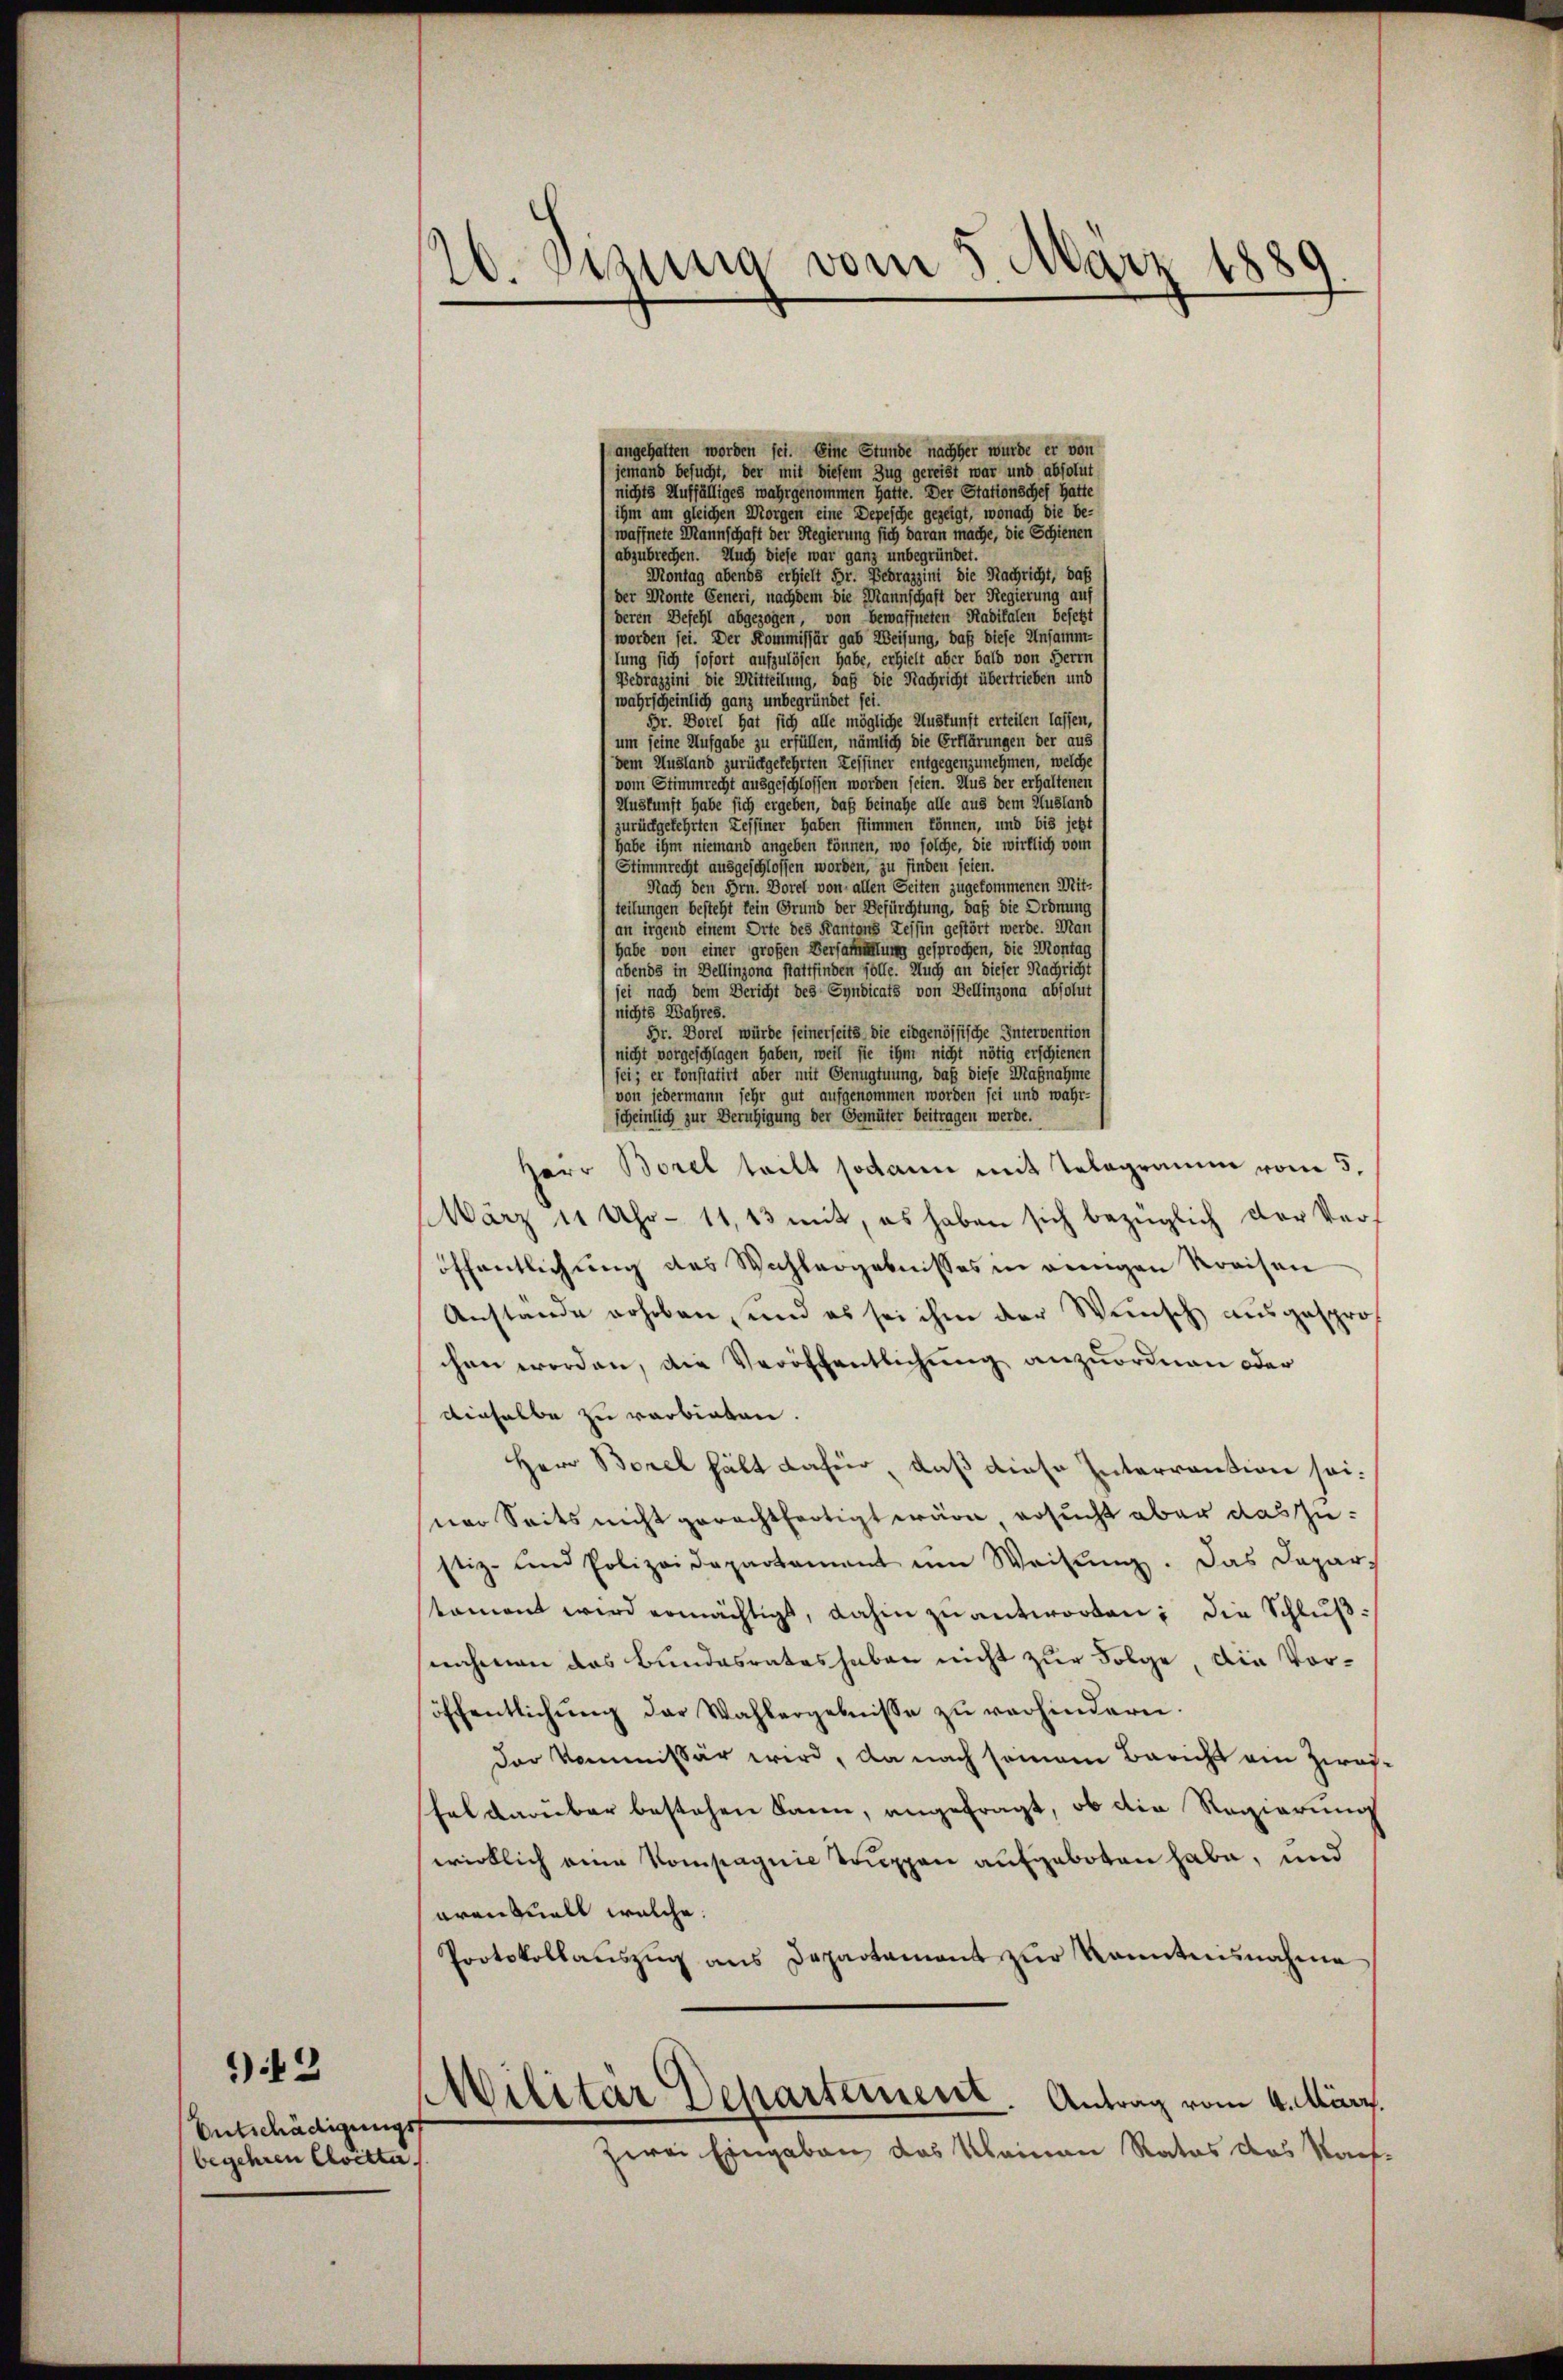
Entschädigungs
begehren Cloetta

)13

10. Jesung vom 3 März 1889

Bedrazzini die Mitteilung, daß die Nachricht übertrieben und
wahrscheinlich ganz unbegründet sei.
Br. Dorel hat sich alle mögliche Auskunft erteilen lassen
um seine Aufgabe zu erfüllen, nämlich die Erklärungen der aus
dem Ausland zurückgekehrten Tessiner entgegenzunehmen, welche
vom Stimmrecht ausgeschlossen worden seien. Aus der erhaltener
Auskunft habe sich ergeben, daß beinahe alle aus dem Ausland
zurückgekehrten Zessiner haben stimmen können, und bis jetzt
habe ihm niemand angeben können, wo solche, die wirklich vom
Stimmrecht ausgeschlossen worden, zu finden seien.
Nach den Hrn. Dorel von allen Seiten zugekommenen Mit-
teilungen besteht kein Grund der Befürchtung, daß die Ordnung
an irgend einem Orte des Kantons Tessin gestört werde. Man
habe von einer großen Versammlung gesprochen, die Montag
abends in Dellinzona stattfinden solle. Auch an dieser Nachricht
sei nach dem Bericht des Syndicats von Bellinzona absolut
nichts Wahres.
Br. Dorel würde seinerseits, die eidgenössische Intervention
nicht vorgeschlagen haben, weil sie ihm nicht nötig erschienen
sei; er konstatirt aber mit Genugtuung, daß diese Maßnahme
von jedermann sehr gut aufgenommen worden sei und wahr-
scheinlich zur Beruhigung der Gemüter beitragen werde.
Herr Borel teilt sodann mit Telegramm vom 5.
März 11 Uhr - 11,13 mit, es haben sich bezüglich der Ver-
öffentlichung des Wahlergebnisses in einnigen Kreisen
Anstände erhoben, und es sei ihm der Wunsch ausgesprochen worden, die Veröffentlichung anzuordnen oder
dieselbe zu verbieten.
Herr Borel hält dafür, daß diese Interrention sei.
sner Seits nicht gerechtfertigt wäre ersucht aber das zustiz- und Polizeidepartament im Weisung. Das Depar-
tament wird ermächtigt, dahin zŭantworten; die Schlußnahmen das Bundesrates haben nicht zur Folge, die Voröffentlichung der Wahlergebnisse zu verhindern.
der Kommissär wird, da nach seinem Bericht ein Zwasfal darüber bestehen kann, angefragt, ob die Regierung
wirklich eine Kompagnie Truppen aufgeboten habe, und
arantuall welche.
Protokollaŭszŭg ans Departament zŭr Kenntnisnahme
Wilitar Scharterneret. Antrag vom 4. März.
zwei Eingaben das Kleinen Rates das Kauf-

langehalten worden sei. Eine Stunde nachher wurde er von
jemand besucht, der mit diesem Zug gereist war und absolut
nichts Auffälliges wahrgenommen hatte. Der Stationschef hatte
ihm am gleichen Morgen eine Depesche gezeigt, wonach die be-
waffnete Mannschaft der Regierung sich daran mache, die Schienen
abzubrechen. Auch diese war ganz unbegründet.
Montag abends erhielt Fr. Bedrazzini die Nachricht, daß
der Monte Generi, nachdem die Mannschaft der Regierung auf
deren Befehl abgezogen, von bewaffneten Radikalen befetzt
worden sei. Der Kommissär gab Weisung, daß diese Unsamm-
lung sich sofort aufzulösen habe, erhielt aber bald von Herrn